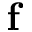
{ \bf f }